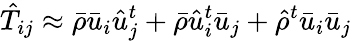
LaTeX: \hat{T}_{ij}\approx\bar{\rho}\bar{u}_{i}\hat{u}_{j}^{t}+\bar{\rho}\hat{u}_{i}^{t}\bar{u}_{j}+\hat{\rho}^{t}\bar{u}_{i}\bar{u}_{j}